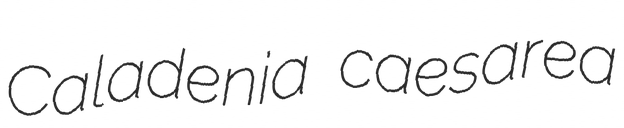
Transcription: Caladenia caesarea